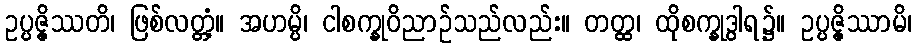
ဥပ္ပဇ္ဇိဿတိ၊ ဖြစ်လတ္တံ့။ အဟမ္ပိ၊ ငါစက္ခုဝိညာဉ်သည်လည်း။ တတ္ထ၊ ထိုစက္ခုဒွါရ၌။ ဥပ္ပဇ္ဇိဿာမိ၊